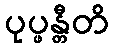
ပုပ္ဖန္တီတိ